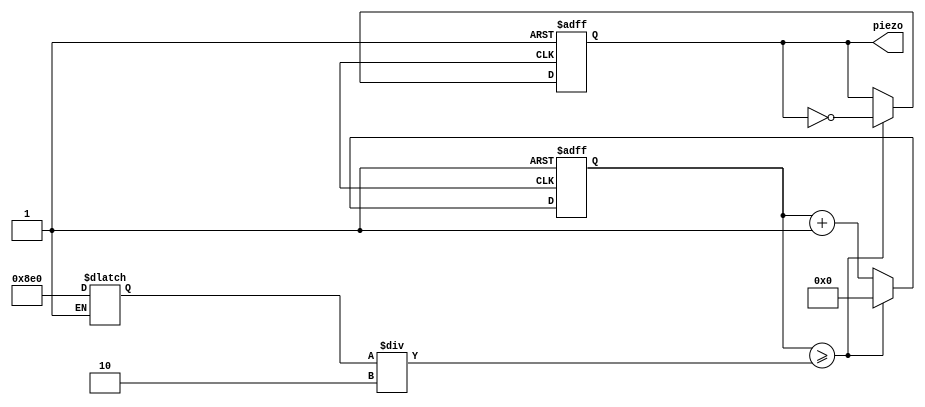
`timescale 1us / 1ns
//////////////////////////////////////////////////////////////////////////////////
// Company: 
// Engineer: 
// 
// Design Name: 
// Module Name: piezo_tb
// Project Name: 
// Target Devices: 
// Tool Versions: 
// Description: 
// 
// Dependencies: 
// 
// Revision:
// Revision 0.01 - File Created
// Additional Comments:
// 
//////////////////////////////////////////////////////////////////////////////////


module piezo_tb(piezo);

reg clk, rst;
reg [7:0] btn;
output reg piezo;

parameter C2=12'd3830;
parameter D2=12'd3400;
parameter E2=12'd3038;
parameter F2=12'd1864;
parameter G2=12'd2550;
parameter A2=12'd2272;
parameter B2=12'd2028;
parameter C3=12'd1912;

reg [11:0] cnt;
reg [11:0] cnt_limit;

always @(btn) begin
    if(!rst) cnt_limit=0;
    else begin
        case(btn)
            8'b00000001: cnt_limit=C2;
            8'b00000010: cnt_limit=D2;
            8'b00000100: cnt_limit=E2;
            8'b00001000: cnt_limit=F2;
            8'b00010000: cnt_limit=G2;
            8'b00100000: cnt_limit=A2;
            8'b01000000: cnt_limit=B2;
            8'b10000000: cnt_limit=C3;
        endcase
    end
end

always @(posedge clk or negedge rst) begin
    if(!rst) begin
        cnt=0;
        piezo=0;
    end
    else if(cnt >= cnt_limit/2) begin
        piezo=~piezo;
        cnt=0; 
    end
    else cnt=cnt+1;
end

initial begin
    clk<=0;
    rst<=1;
    btn<=8'b00000000;
    #1e+6; rst<=0;
    #1e+6; rst<=1;
    #1e+6; btn<=8'b00000010;
    #1e+6; btn<=8'b00100000;
end

always begin
    #1 clk<=~clk;
end
    
endmodule